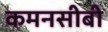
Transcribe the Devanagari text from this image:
कमनसीबी